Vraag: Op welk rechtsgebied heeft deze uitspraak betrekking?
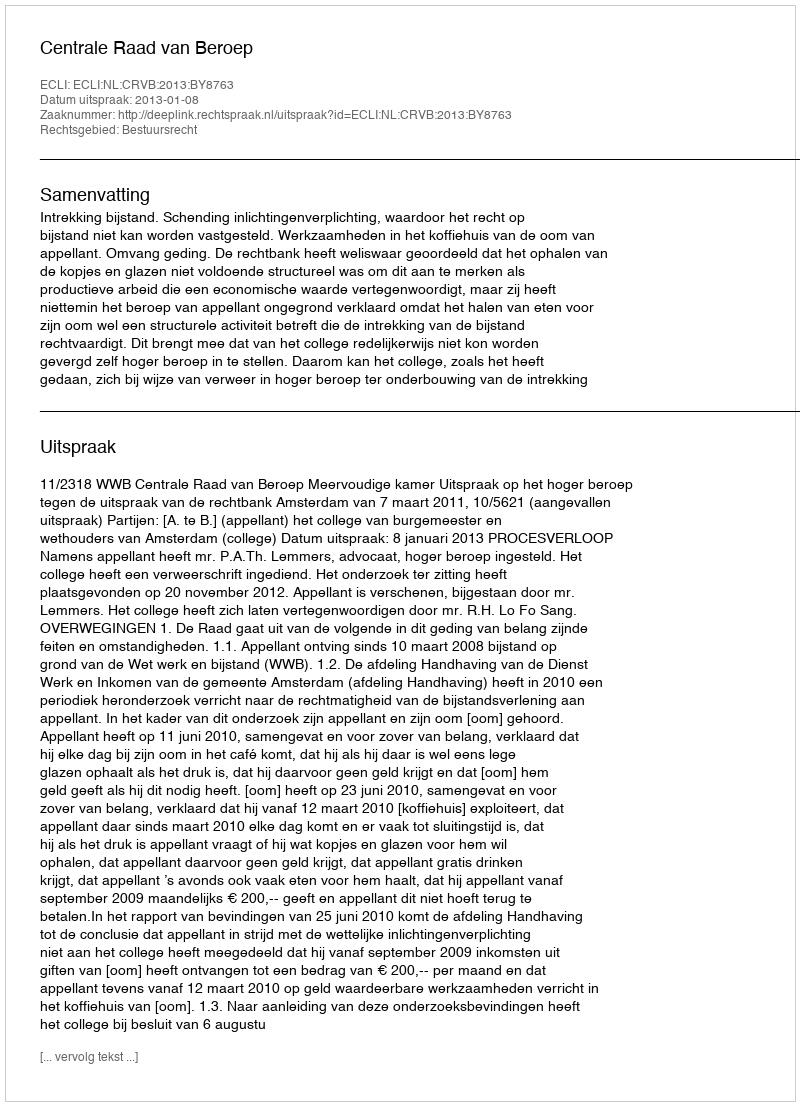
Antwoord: Bestuursrecht